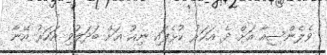
ވެލެންސިއާ އަށް ދެ އަހަރު ކުޅެފައި ނިއު އަށް ބަދަލުވި އަހަރު އޭނާ